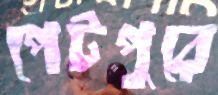
পেটপুরে